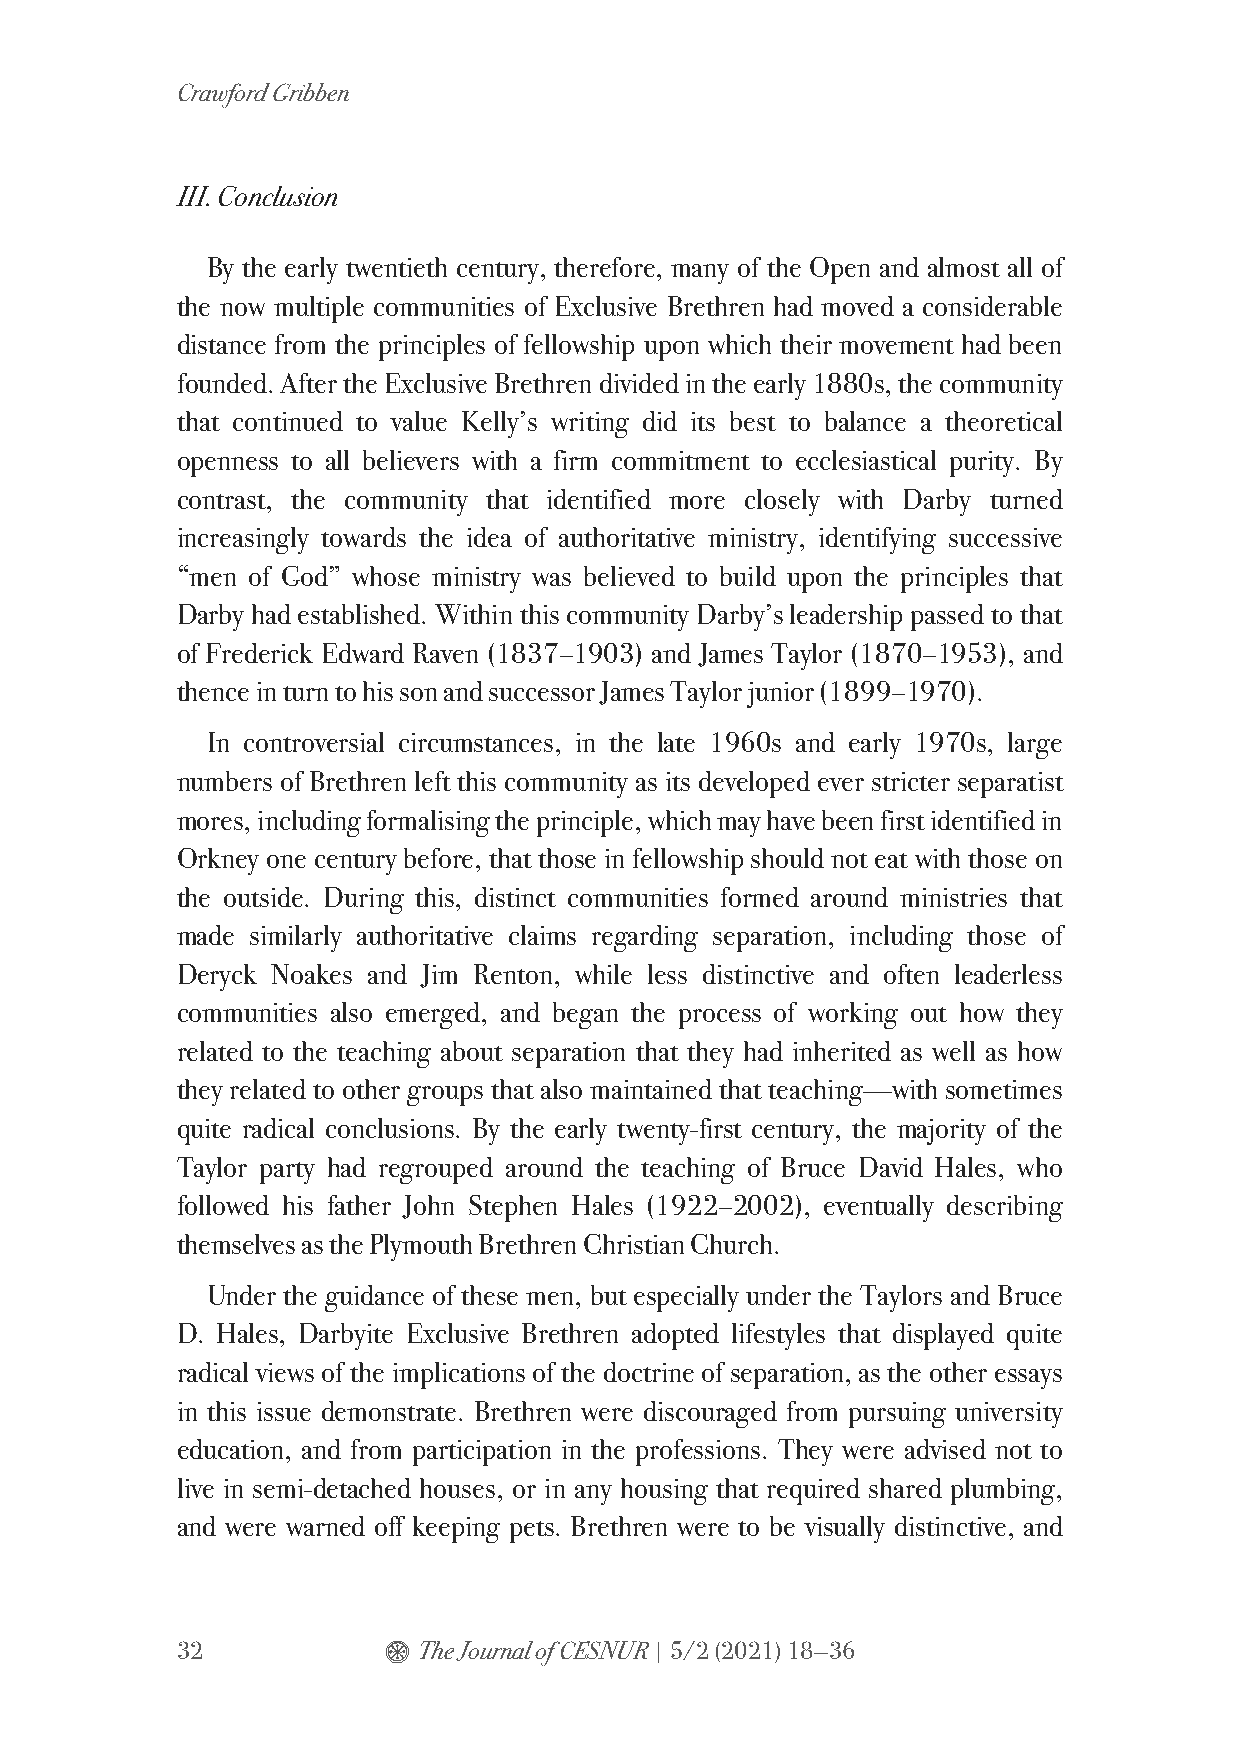
Crawford Gribben
 III. Conclusion
 By the early twentieth century, therefore, many of the Open and almost all of
 the now multiple communities of Exclusive Brethren had moved a considerable
 distance from the principles of fellowship upon which their movement had been
 founded. After the Exclusive Brethren divided in the early 1880s, the community
 that continued to value Kelly’s writing did its best to balance a theoretical
 openness to all believers with a firm commitment to ecclesiastical purity. By
 contrast, the community that identified more closely with Darby turned
 increasingly towards the idea of authoritative ministry, identifying successive
 “men of God” whose ministry was believed to build upon the principles that
 Darby had established. Within this community Darby’s leadership passed to that
 of Frederick Edward Raven (1837–1903) and James Taylor (1870–1953), and
 thence in turn to his son and successor James Taylor junior (1899–1970).
 In controversial circumstances, in the late 1960s and early 1970s, large
 numbers of Brethren left this community as its developed ever stricter separatist
 mores, including formalising the principle, which may have been first identified in
 Orkney one century before, that those in fellowship should not eat with those on
 the outside. During this, distinct communities formed around ministries that
 made similarly authoritative claims regarding separation, including those of
 Deryck Noakes and Jim Renton, while less distinctive and often leaderless
 communities also emerged, and began the process of working out how they
 related to the teaching about separation that they had inherited as well as how
 they related to other groups that also maintained that teaching—with sometimes
 quite radical conclusions. By the early twenty-first century, the majority of the
 Taylor party had regrouped around the teaching of Bruce David Hales, who
 followed his father John Stephen Hales (1922–2002), eventually describing
 themselves as the Plymouth Brethren Christian Church.
 Under the guidance of these men, but especially under the Taylors and Bruce
 D. Hales, Darbyite Exclusive Brethren adopted lifestyles that displayed quite
 radical views of the implications of the doctrine of separation, as the other essays
 in this issue demonstrate. Brethren were discouraged from pursuing university
 education, and from participation in the professions. They were advised not to
 live in semi-detached houses, or in any housing that required shared plumbing,
 and were warned off keeping pets. Brethren were to be visually distinctive, and
 32           $  The Journal of CESNUR | 5/2 (2021) 18—36